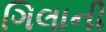
ગિલાની